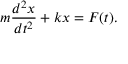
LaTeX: m { \frac { d ^ { 2 } x } { d t ^ { 2 } } } + k x = F ( t ) .